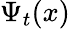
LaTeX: \Psi_{t}(x)